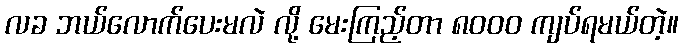
လခ ဘယ်လောက်ပေးမလဲ လို့ မေးကြည့်တာ ၈၀၀၀ ကျပ်ရမယ်တဲ့။